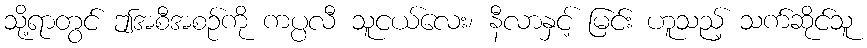
သို့ရာတွင် ဤအစီအစဉ်ကို ကပ္ပလီ သူငယ်လေး၊ နီလာနှင့် မြင်း ဟူသည့် သက်ဆိုင်သူ